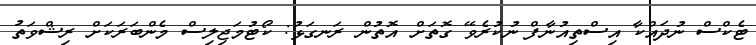
ޓެކްސް ނުދައްކާ އިސްތިއުނާފް ނުކުރެވޭ ގޮތަށް އޮތުން ރަނގަޅު: ކޯޓުމަޖިލިސް މެންބަރަަކަށް ރިޝްވަތު